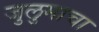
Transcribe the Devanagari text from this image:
जुलुमाचा